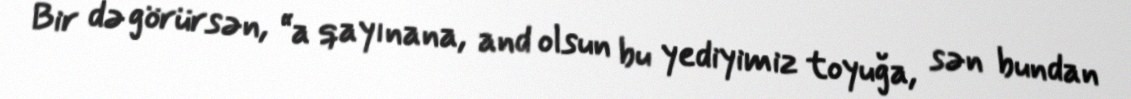
Bir də görürsən, “a qayınana, and olsun bu yediyimiz toyuğa, sən bundan